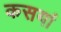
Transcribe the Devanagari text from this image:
कसयां